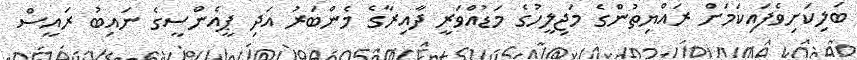
ބަލިކަށިވެފައިކަމަށް ރައްޔިތުންގެ މަޖިލީހުގެ މަޑުއްވަރީ ދާއިރާގެ މެންބަރު އަދި ޕީއެންސީގެ ނައިބު ރައީސް